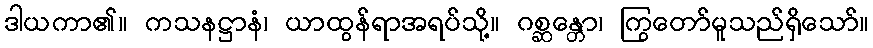
ဒါယကာ၏။ ကသနဋ္ဌာနံ၊ ယာထွန်ရာအရပ်သို့။ ဂစ္ဆန္တော၊ ကြွတော်မူသည်ရှိသော်။